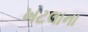
ખટલાના